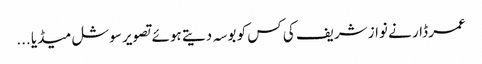
عمر ڈار نے نواز شریف کی کس کو بوسہ دیتے ہوئے تصویر سوشل میڈیا ...